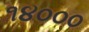
૧૪૦૦૦